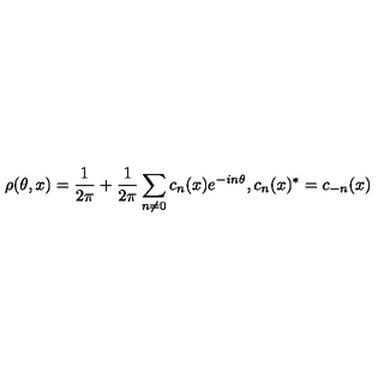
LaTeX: \rho ( \theta , x ) = \frac { 1 } { 2 \pi } + \frac { 1 } { 2 \pi } \sum _ { n \neq 0 } c _ { n } ( x ) e ^ { - i n \theta } , c _ { n } ( x ) ^ { * } = c _ { - n } ( x )